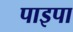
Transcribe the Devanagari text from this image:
पाइपा